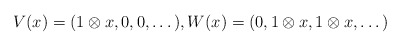
\begin{align*} V(x) = (1\otimes x,0,0,\dots), W(x) = (0,1\otimes x,1 \otimes x , \dots) \end{align*}